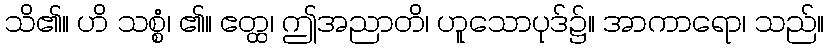
သိ၏။ ဟိ သစ္စံ၊ ၏။ ဧတ္ထ၊ ဤအညာတိ၊ ဟူသောပုဒ်၌။ အာကာရော၊ သည်။